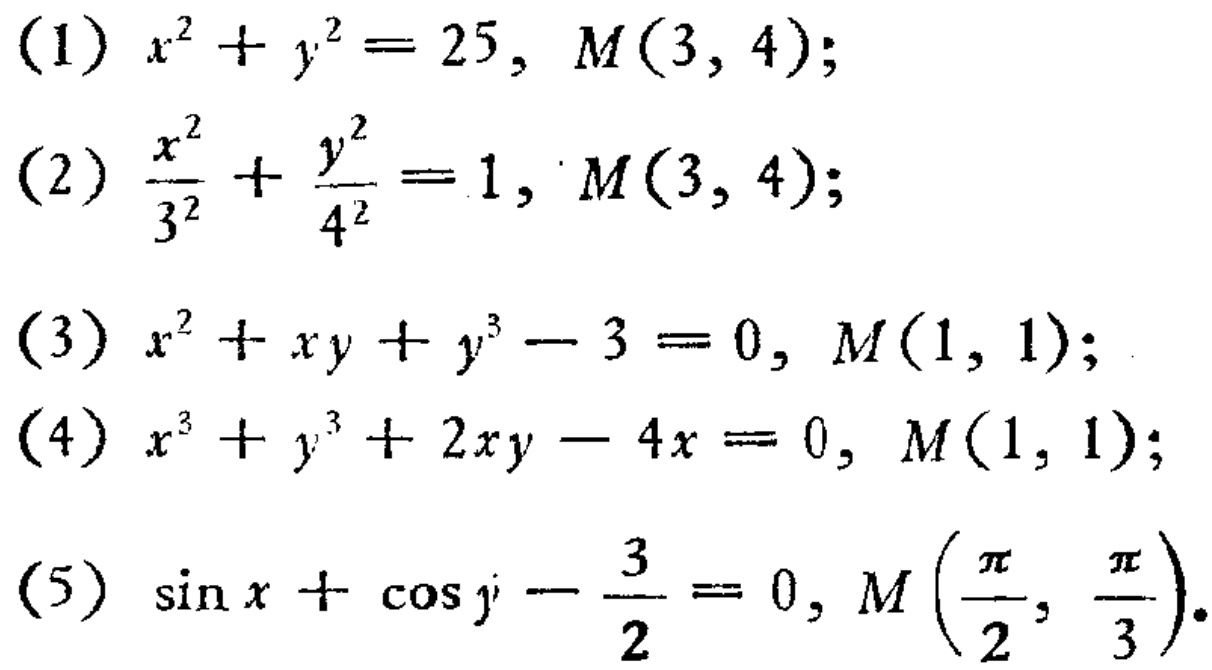
(1) \(x^{2}+y^{2}=25, M(3,4)\);
(2) \(\frac{x^{2}}{3^{2}}+\frac{y^{2}}{4^{2}} = 1, M(3,4)\);
(3) \(x^{2}+xy + y^{3}-3 = 0, M(1,1)\);
(4) \(x^{3}+y^{3}+2xy - 4x = 0, M(1,1)\);
(5) \(\sin x+\cos y-\frac{3}{2}=0, M(\frac{\pi}{2},\frac{\pi}{3})\).